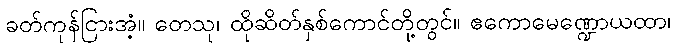
ခတ်ကုန်ငြားအံ့။ တေသု၊ ထိုဆိတ်နှစ်ကောင်တို့တွင်။ ဧကောမေဏ္ဍောယထာ၊